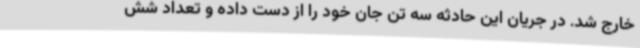
خارج شد. در جریان این حادثه سه تن جان خود را از دست داده و تعداد شش